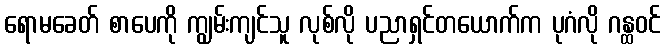
ရောမခေတ် စာပေကို ကျွမ်းကျင်သူ လုစ်လို ပညာရှင်တယောက်က ပုဂံလို ဂန္ထဝင်